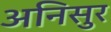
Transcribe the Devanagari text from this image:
अनिसुर